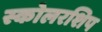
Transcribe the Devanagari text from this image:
स्कोलरशिप